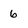
Character: 6